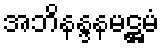
အဘိနန္ဒနမဋ္ဌမံ